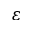
\varepsilon